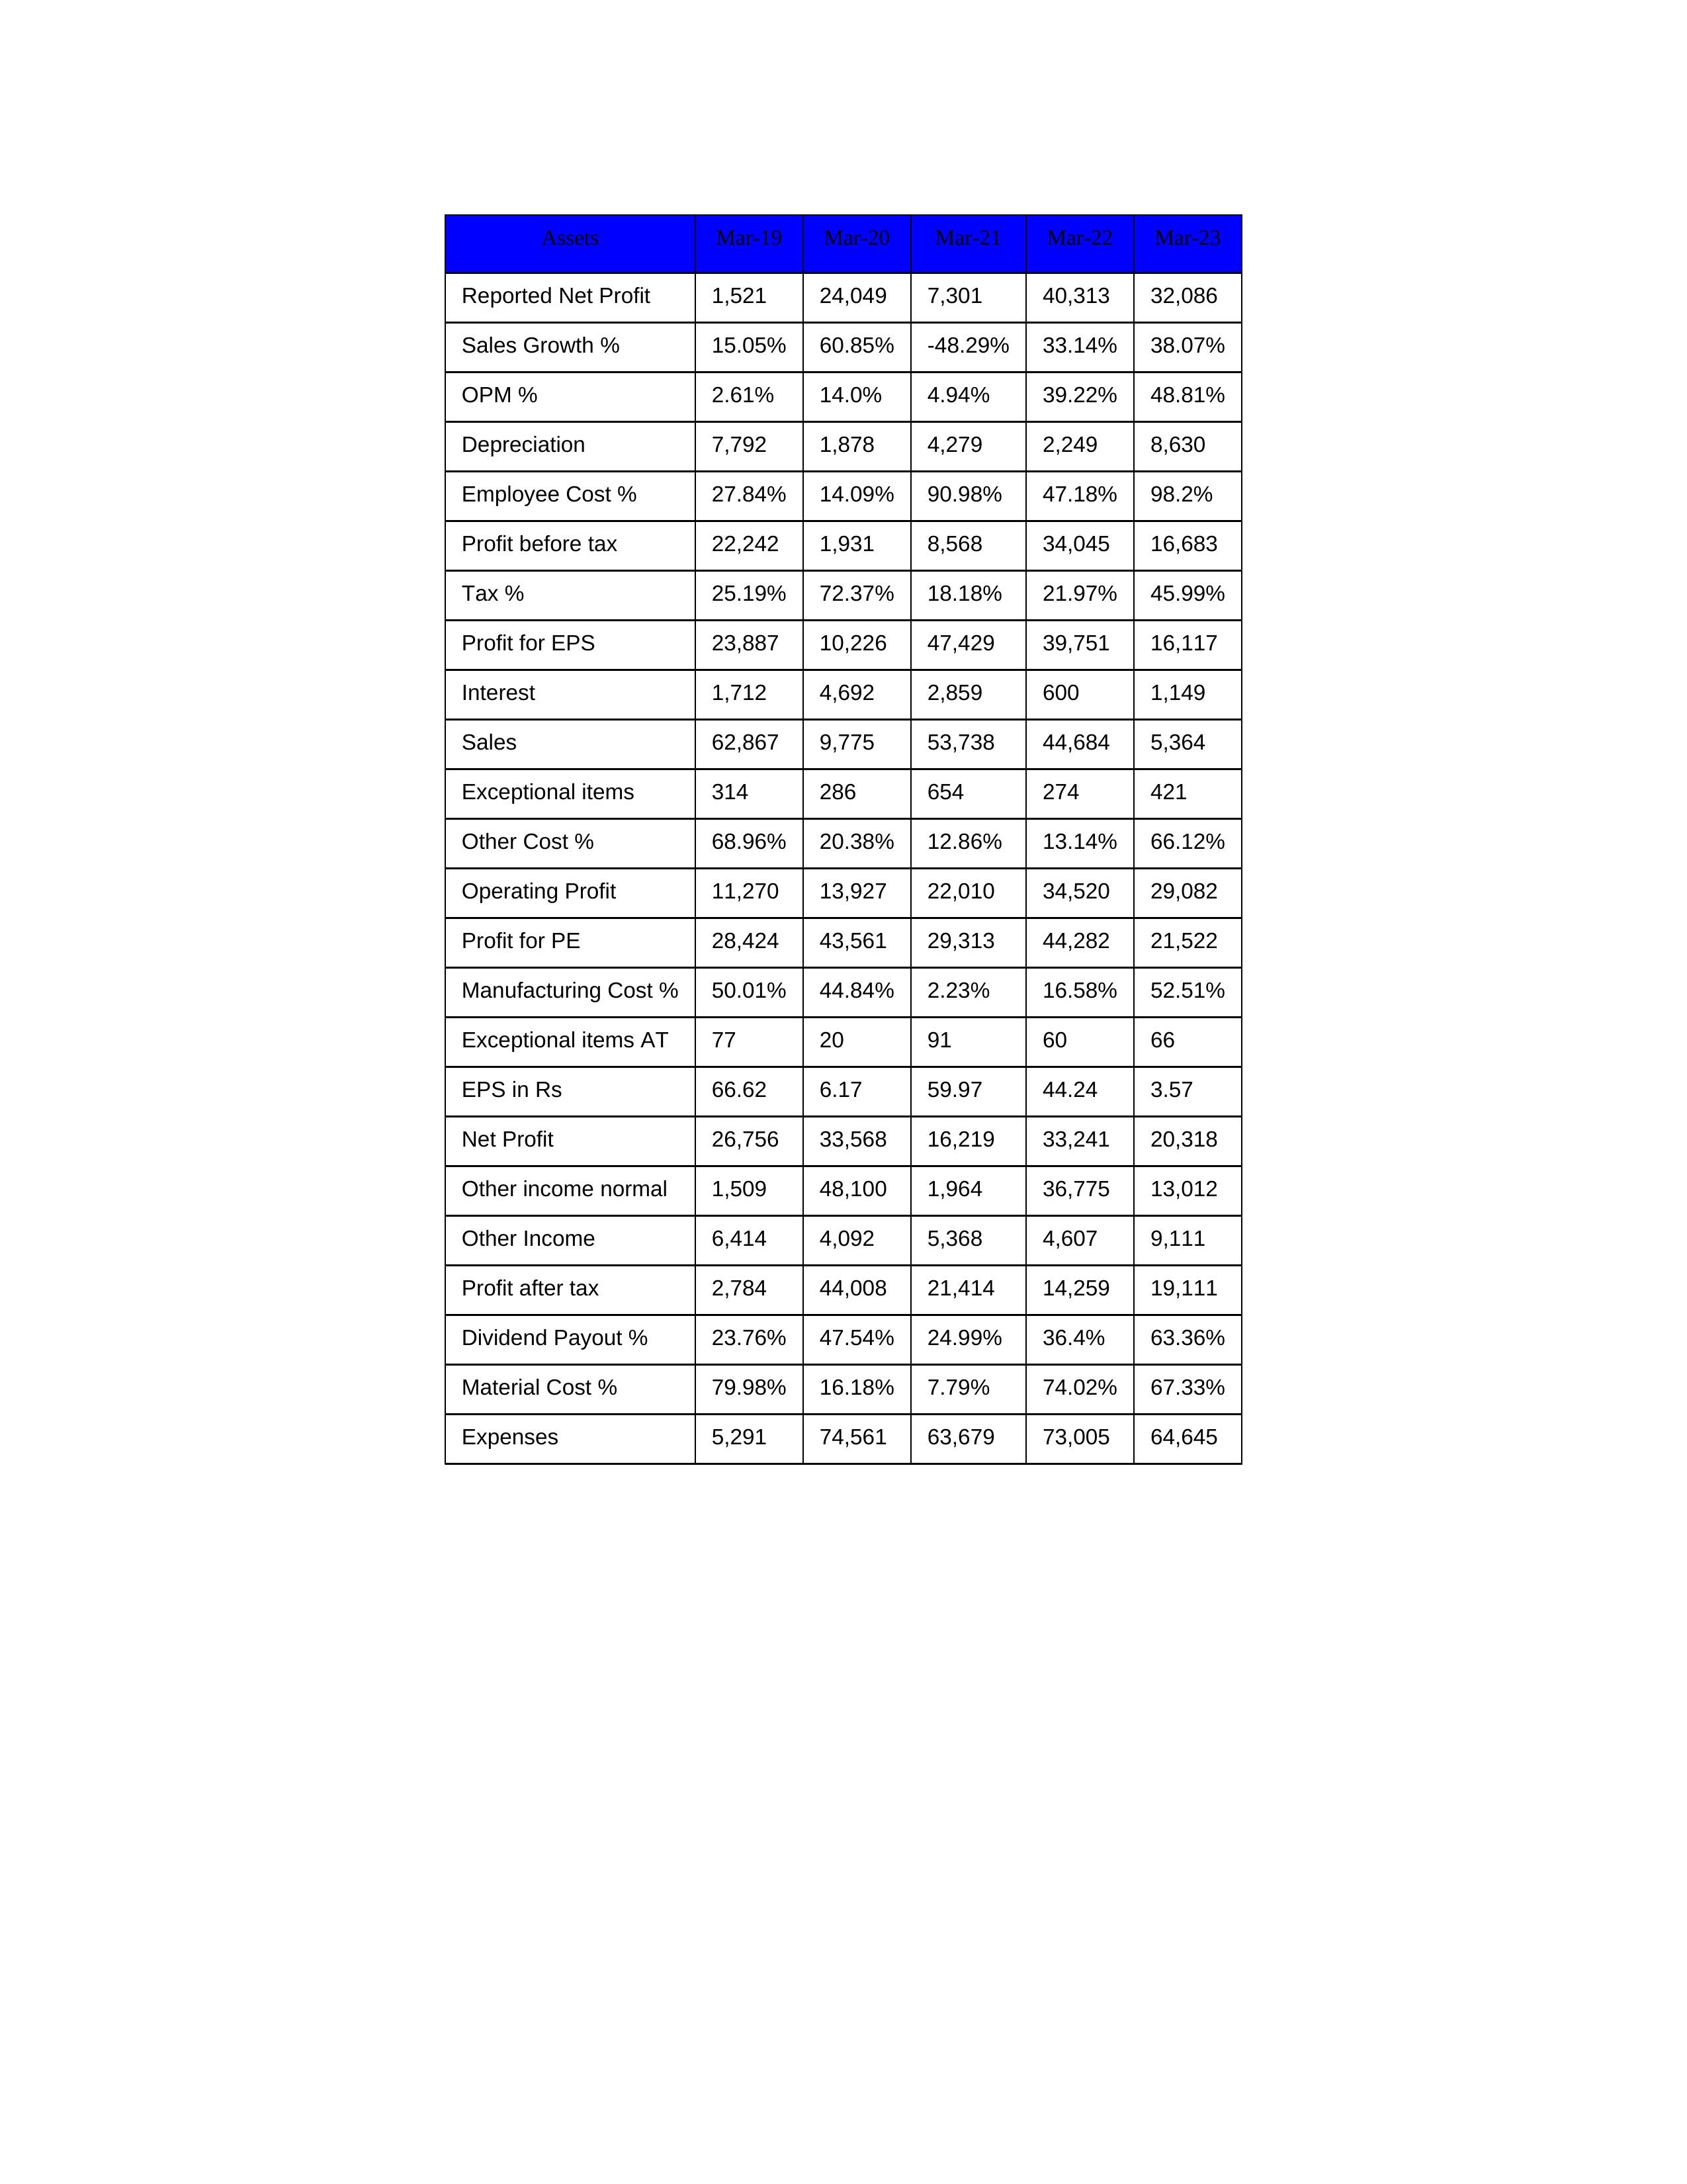
gt_parse: Mar-19: Sales: 62,867
Sales Growth %: 15.05%
Expenses: 5,291
Material Cost %: 79.98%
Manufacturing Cost %: 50.01%
Employee Cost %: 27.84%
Other Cost %: 68.96%
Operating Profit: 11,270
OPM %: 2.61%
Other Income: 6,414
Exceptional items: 314
Other income normal: 1,509
Interest: 1,712
Depreciation: 7,792
Profit before tax: 22,242
Tax %: 25.19%
Net Profit: 26,756
Profit after tax: 2,784
Reported Net Profit: 1,521
Profit for EPS: 23,887
Exceptional items AT: 77
Profit for PE: 28,424
EPS in Rs: 66.62
Dividend Payout %: 23.76%
Mar-20: Sales: 9,775
Sales Growth %: 60.85%
Expenses: 74,561
Material Cost %: 16.18%
Manufacturing Cost %: 44.84%
Employee Cost %: 14.09%
Other Cost %: 20.38%
Operating Profit: 13,927
OPM %: 14.0%
Other Income: 4,092
Exceptional items: 286
Other income normal: 48,100
Interest: 4,692
Depreciation: 1,878
Profit before tax: 1,931
Tax %: 72.37%
Net Profit: 33,568
Profit after tax: 44,008
Reported Net Profit: 24,049
Profit for EPS: 10,226
Exceptional items AT: 20
Profit for PE: 43,561
EPS in Rs: 6.17
Dividend Payout %: 47.54%
Mar-21: Sales: 53,738
Sales Growth %: -48.29%
Expenses: 63,679
Material Cost %: 7.79%
Manufacturing Cost %: 2.23%
Employee Cost %: 90.98%
Other Cost %: 12.86%
Operating Profit: 22,010
OPM %: 4.94%
Other Income: 5,368
Exceptional items: 654
Other income normal: 1,964
Interest: 2,859
Depreciation: 4,279
Profit before tax: 8,568
Tax %: 18.18%
Net Profit: 16,219
Profit after tax: 21,414
Reported Net Profit: 7,301
Profit for EPS: 47,429
Exceptional items AT: 91
Profit for PE: 29,313
EPS in Rs: 59.97
Dividend Payout %: 24.99%
Mar-22: Sales: 44,684
Sales Growth %: 33.14%
Expenses: 73,005
Material Cost %: 74.02%
Manufacturing Cost %: 16.58%
Employee Cost %: 47.18%
Other Cost %: 13.14%
Operating Profit: 34,520
OPM %: 39.22%
Other Income: 4,607
Exceptional items: 274
Other income normal: 36,775
Interest: 600
Depreciation: 2,249
Profit before tax: 34,045
Tax %: 21.97%
Net Profit: 33,241
Profit after tax: 14,259
Reported Net Profit: 40,313
Profit for EPS: 39,751
Exceptional items AT: 60
Profit for PE: 44,282
EPS in Rs: 44.24
Dividend Payout %: 36.4%
Mar-23: Sales: 5,364
Sales Growth %: 38.07%
Expenses: 64,645
Material Cost %: 67.33%
Manufacturing Cost %: 52.51%
Employee Cost %: 98.2%
Other Cost %: 66.12%
Operating Profit: 29,082
OPM %: 48.81%
Other Income: 9,111
Exceptional items: 421
Other income normal: 13,012
Interest: 1,149
Depreciation: 8,630
Profit before tax: 16,683
Tax %: 45.99%
Net Profit: 20,318
Profit after tax: 19,111
Reported Net Profit: 32,086
Profit for EPS: 16,117
Exceptional items AT: 66
Profit for PE: 21,522
EPS in Rs: 3.57
Dividend Payout %: 63.36%